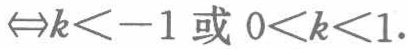
$\Leftrightarrow k < -1\text{ 或 }0 < k < 1.$